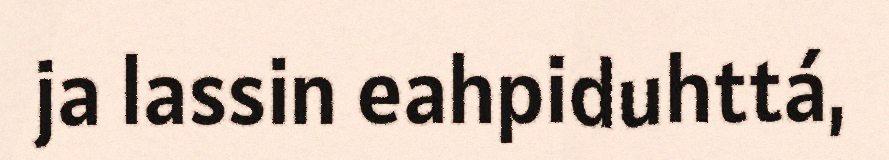
ja lassin eahpiduhttá,